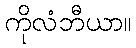
ကိုလံဘီယာ။